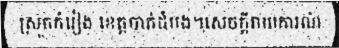
ស្រុកកំរៀង ខេត្តបាត់ដំបង។សេចក្តីរាយការណ៍